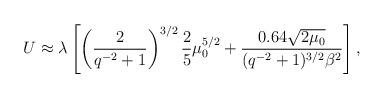
LaTeX: \begin{align*}U\approx \lambda\left[\left(\frac{2}{q^{-2}+1}\right)^{3/2}\frac{2}{5}\mu_{0}^{5/2}+\frac{0.64\sqrt{2\mu_{0}}}{(q^{-2}+1)^{3/2}\beta^{2}}\right],\end{align*}